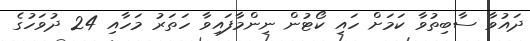
ދައުވާ ސާބިތުވާ ކަމަށް ހައި ކޯޓުން ނިންމާފައިވާ ހަތަރު މަހާއި 24 ދުވަހުގެ